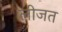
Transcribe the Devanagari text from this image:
लीजत